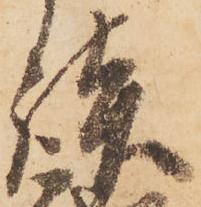
談